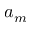
a _ { m }